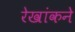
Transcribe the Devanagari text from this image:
रेखांकने